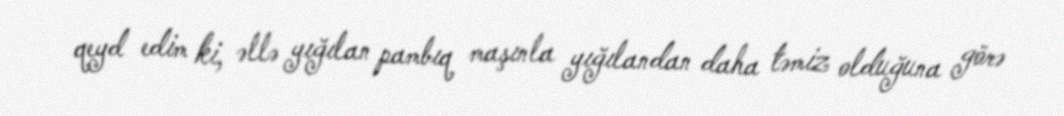
qeyd edim ki, əllə yığılan pambıq maşınla yığılandan daha təmiz olduğuna görə